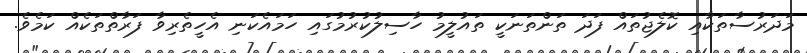
މަދަރުސާތަކާއި ކޮލެޖުތައް ފަދަ ތަންތަނަކީ ތައުލީމު ހާސިލުކުރުމުގައި ހަމައެކަނި އެހީތެރިވާ ފަރާތްތަކެއް ކަމެވެ.